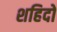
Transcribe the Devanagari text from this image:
शहिदो